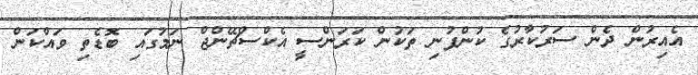
އެއިރުން ދެން ސަރުކާރުގެ ކުންފުނި ތަކުން ކަރަންސީ އެކްސްޗޭންޖް ނަމުގައި ބޮޑެތި ވައްކަން